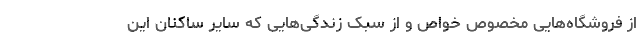
از فروشگاه‌هایی مخصوص خواص و از سبک زندگی‌هایی که سایر ساکنان این